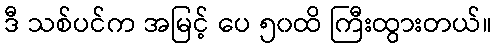
ဒီ သစ်ပင်က အမြင့် ပေ ၅၀ထိ ကြီးထွားတယ်။